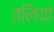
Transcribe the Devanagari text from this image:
तलियां